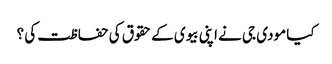
کیا مودی جی نے اپنی بیوی کے حقوق کی حفاظت کی ؟